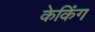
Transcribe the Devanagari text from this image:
केकिंग